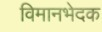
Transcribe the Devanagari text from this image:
विमानभेदक